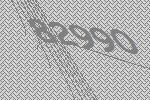
82990